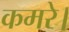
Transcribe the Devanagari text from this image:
कमरे।